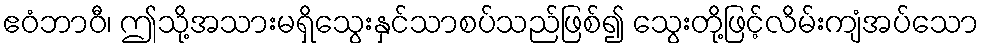
ဧဝံဘာဝီ၊ ဤသို့အသားမရှိသွေးနှင်သာစပ်သည်ဖြစ်၍ သွေးတို့ဖြင့်လိမ်းကျံအပ်သော